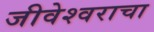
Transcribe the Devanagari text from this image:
जीवेश्वराचा